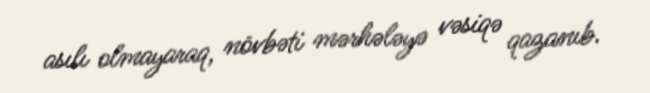
asılı olmayaraq, növbəti mərhələyə vəsiqə qazanıb.